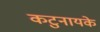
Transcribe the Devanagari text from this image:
कटुनायके